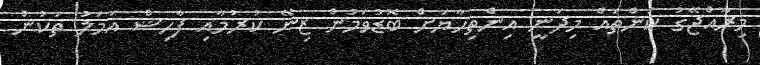
މިރާއްޖޭގު ކަންތައް މިދަނީ އިންތިހާޔަށް ބޮޑުވަމުން ޒިނޭ ކުރުމާއި ފާހިޝް އަމަލު ތަކުން